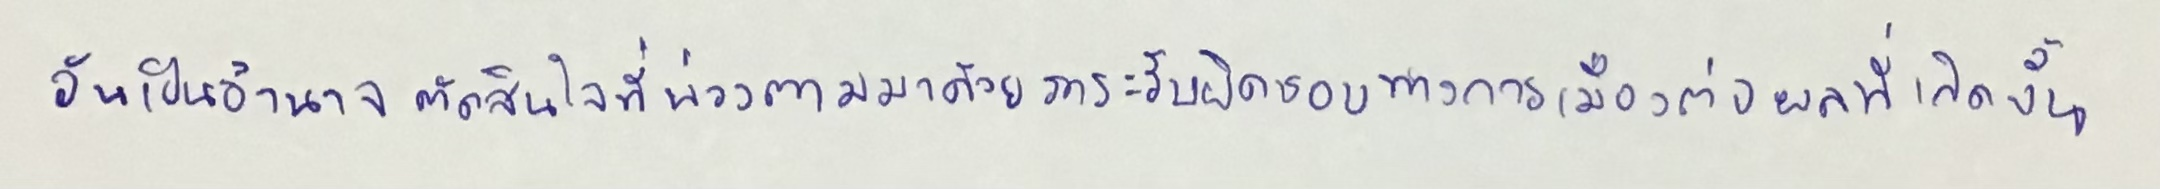
อันเป็นอำนาจตัดสินใจที่พ่วงตามมาด้วยภาระรับผิดชอบทางการเมืองต่อผลที่เกิดขึ้น